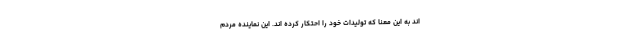
اند به این معنا که تولیدات خود را احتکار کرده اند. این نماینده مردم